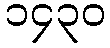
၁၄၃၀